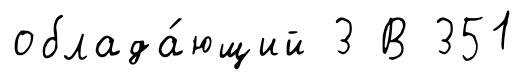
облада́ющий 3 В 351